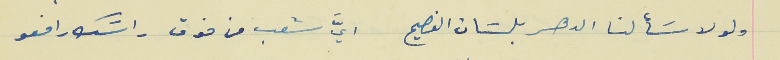
ولو لا سَألنا الدهر بلسَان الفصيح                           ايَّ شعب من فوق راسَك رافعو